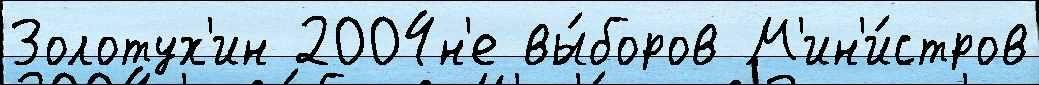
Золотух'ин 2004н'е вы́боров М'ин'и́стров